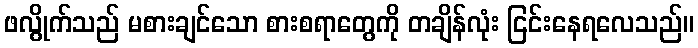
ဖလွိုက်သည် မစားချင်သော စားစရာတွေကို တချိန်လုံး ငြင်းနေရလေသည်။